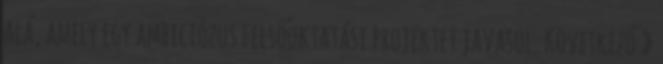
alá, amely egy ambiciózus felsőoktatási projektet javasol. Következő »